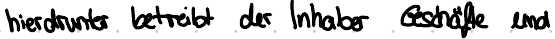
hierdrunter betreibt der Inhaber Geschäfte und